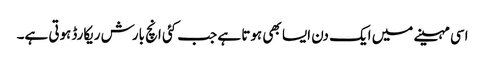
اسی مہینے میں ایک دن ایسا بھی ہوتا ہے جب کئی انچ بارش ریکارڈہوتی ہے۔